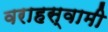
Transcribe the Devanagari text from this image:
वराहस्‍वामी